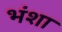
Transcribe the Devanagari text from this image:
भंशा